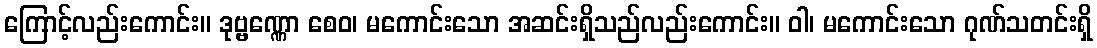
ကြောင့်လည်းကောင်း။ ဒုဗ္ဗဏ္ဏော စေဝ၊ မကောင်းသော အဆင်းရှိသည်လည်းကောင်း။ ဝါ၊ မကောင်းသော ဂုဏ်သတင်းရှိ